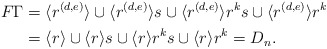
\begin{align*}F\Gamma & = \langle r^{(d,e)}\rangle \cup \langle r^{(d,e)}\rangle s \cup \langle r^{(d,e)}\rangle r^ks\cup \langle r^{(d,e)}\rangle r^{k} \\&= \langle r\rangle \cup \langle r\rangle s \cup \langle r\rangle r^ks \cup \langle r\rangle r^{k} = D_n.\end{align*}